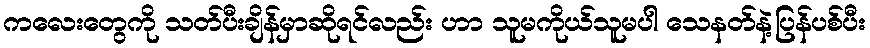
ကလေးတွေကို သတ်ပီးချိန်မှာဆိုရင်လည်း ဟာ သူမကိုယ်သူမပါ သေနတ်နဲ့ပြန်ပစ်ပီး